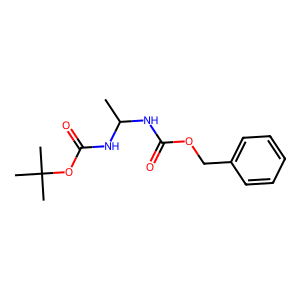
SMILES: CC(NC(=O)OCc1ccccc1)NC(=O)OC(C)(C)C
Inhibits HIV replication: No